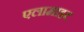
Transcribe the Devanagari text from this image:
एलामाइट